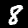
Digit: 8